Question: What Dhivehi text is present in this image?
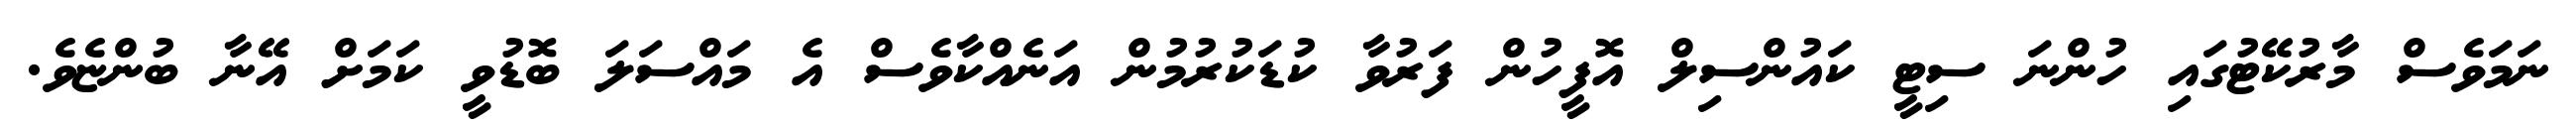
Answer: ނަމަވެސް މާރުކޭޓުގައި ހުންނަ ސިޓީ ކައުންސިލް އޮފީހުން ފަރުވާ ކުޑަކުރުމުން އަނެއްކާވެސް އެ މައްސަލަ ބޮޑުވީ ކަމަށް އޭނާ ބުންޏެވެ.